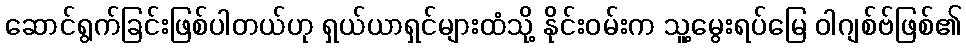
ဆောင်ရွက်ခြင်းဖြစ်ပါတယ်ဟု ရှယ်ယာရှင်များထံသို့ နိုင်းဝမ်းက သူ့မွေးရပ်မြေ ဝါဂျစ်ဗ်ဖြစ်၏